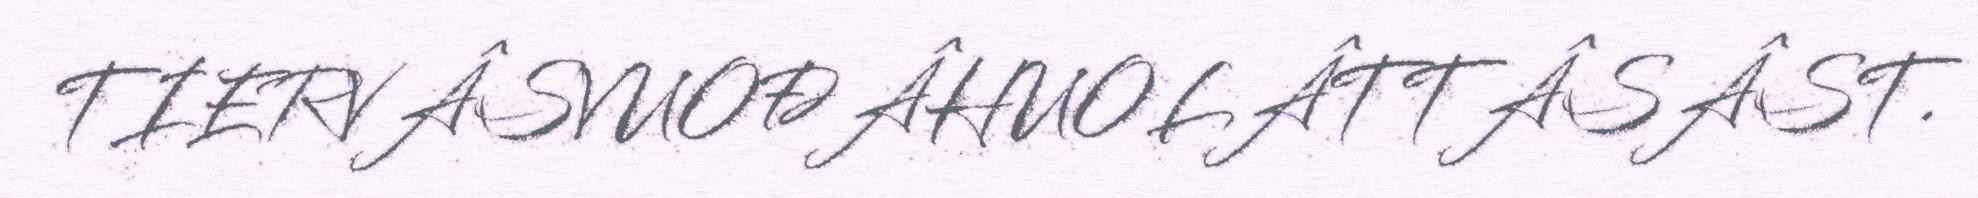
TIERVÂSVUOĐÂHUOLÂTTÂSÂST.